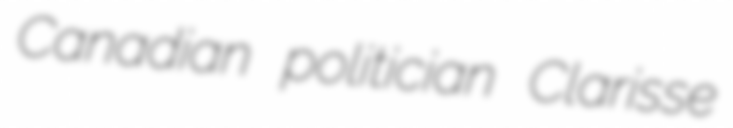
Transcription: Canadian politician Clarisse